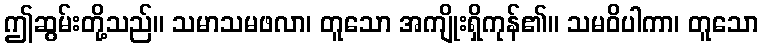
ဤဆွမ်းတို့သည်။ သမာသမဖလာ၊ တူသော အကျိုးရှိကုန်၏။ သမဝိပါကာ၊ တူသော